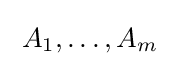
\;A_{1},\ldots ,A_{m}